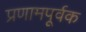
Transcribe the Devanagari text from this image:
प्रणामपूर्वक